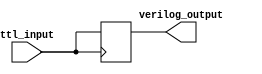
module ttl_buffer (
    input wire ttl_input,
    output reg verilog_output
);

always @ (posedge ttl_input)
begin
    verilog_output <= ttl_input;
end

endmodule